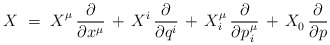
\begin{align*} X~=~X_{\vphantom{i}}^\mu \, \frac{\partial}{\partial x^\mu} \, + \, X^i \, \frac{\partial}{\partial q^i} \, + \, X_i^\mu \, \frac{\partial}{\partial p\>\!_i^\mu} \, + \, X_0^{} \, \frac{\partial}{\partial p}\end{align*}